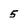
Character: 5